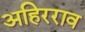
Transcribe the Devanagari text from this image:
अहिरराव